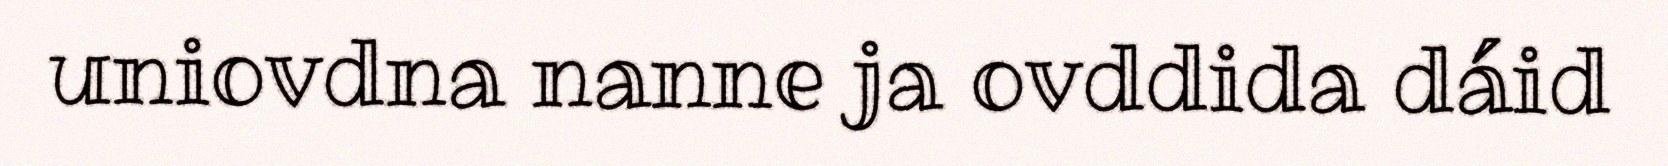
uniovdna nanne ja ovddida dáid